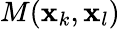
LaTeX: M(\mathbf{x}_{k},\mathbf{x}_{l})